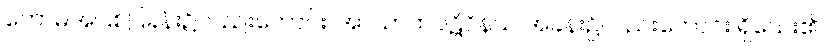
ကောဓအပြစ်ပြခန်း၌လည်းကောင်း၊ အာဃာတပဋိဝိနယ အခန်း၌လည်းကောင်း ရှိသေး၏။